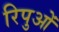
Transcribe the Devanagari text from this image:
रिपुओं